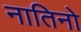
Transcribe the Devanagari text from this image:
नातिनो